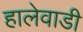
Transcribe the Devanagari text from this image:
हालेवाडी